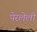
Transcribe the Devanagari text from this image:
पेरलेली